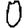
Digit: 0